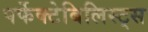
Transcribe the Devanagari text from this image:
पर्फेक्टेबिलिस्ट्स